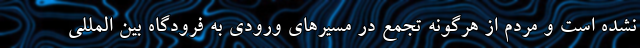
نشده است و مردم از هرگونه تجمع در مسیرهای ورودی به فرودگاه بین المللی